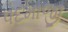
પદમાજી